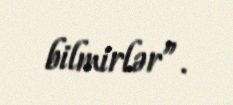
bilmirlər”.